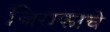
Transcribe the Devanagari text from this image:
जिराफाचे